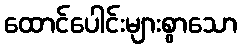
ထောင်ပေါင်းများစွာသော